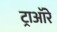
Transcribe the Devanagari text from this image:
ट्राऑरे